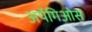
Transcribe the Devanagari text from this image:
अर्पेगिओस